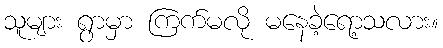
သူများ ရွာမှာ ကြက်မလို မနေခဲ့ရော့သလား။